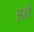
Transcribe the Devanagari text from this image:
इते